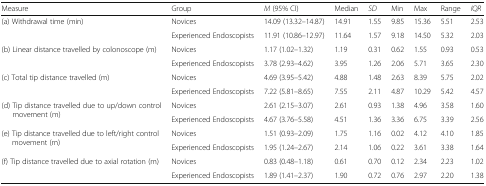
<table><thead><tr><td><b>Measure</b></td><td><b>Group</b></td><td><b><i>M</i> (95% CI)</b></td><td><b>Median</b></td><td><b><i>SD</i></b></td><td><b>Min</b></td><td><b>Max</b></td><td><b>Range</b></td><td><b><i>IQR</i></b></td></tr></thead><tbody><tr><td rowspan="2">(a) Withdrawal time (min)</td><td>Novices</td><td>14.09 (13.32–14.87)</td><td>14.91</td><td>1.55</td><td>9.85</td><td>15.36</td><td>5.51</td><td>2.53</td></tr><tr><td>Experienced Endoscopists</td><td>11.91 (10.86–12.97)</td><td>11.64</td><td>1.57</td><td>9.18</td><td>14.50</td><td>5.32</td><td>2.03</td></tr><tr><td rowspan="2">(b) Linear distance travelled by colonoscope (m)</td><td>Novices</td><td>1.17 (1.02–1.32)</td><td>1.19</td><td>0.31</td><td>0.62</td><td>1.55</td><td>0.93</td><td>0.53</td></tr><tr><td>Experienced Endoscopists</td><td>3.78 (2.93–4.62)</td><td>3.95</td><td>1.26</td><td>2.06</td><td>5.71</td><td>3.65</td><td>2.30</td></tr><tr><td rowspan="2">(c) Total tip distance travelled (m)</td><td>Novices</td><td>4.69 (3.95–5.42)</td><td>4.88</td><td>1.48</td><td>2.63</td><td>8.39</td><td>5.75</td><td>2.02</td></tr><tr><td>Experienced Endoscopists</td><td>7.22 (5.81–8.65)</td><td>7.55</td><td>2.11</td><td>4.87</td><td>10.29</td><td>5.42</td><td>4.57</td></tr><tr><td rowspan="2">(d) Tip distance travelled due to up/down control movement (m)</td><td>Novices</td><td>2.61 (2.15–3.07)</td><td>2.61</td><td>0.93</td><td>1.38</td><td>4.96</td><td>3.58</td><td>1.60</td></tr><tr><td>Experienced Endoscopists</td><td>4.67 (3.76–5.58)</td><td>4.51</td><td>1.36</td><td>3.36</td><td>6.75</td><td>3.39</td><td>2.56</td></tr><tr><td rowspan="2">(e) Tip distance travelled due to left/right control movement (m)</td><td>Novices</td><td>1.51 (0.93–2.09)</td><td>1.75</td><td>1.16</td><td>0.02</td><td>4.12</td><td>4.10</td><td>1.85</td></tr><tr><td>Experienced Endoscopists</td><td>1.95 (1.24–2.67)</td><td>2.14</td><td>1.06</td><td>0.22</td><td>3.61</td><td>3.38</td><td>1.64</td></tr><tr><td rowspan="2">(f) Tip distance travelled due to axial rotation (m)</td><td>Novices</td><td>0.83 (0.48–1.18)</td><td>0.61</td><td>0.70</td><td>0.12</td><td>2.34</td><td>2.23</td><td>1.02</td></tr><tr><td>Experienced Endoscopists</td><td>1.89 (1.41–2.37)</td><td>1.90</td><td>0.72</td><td>0.76</td><td>2.97</td><td>2.20</td><td>1.38</td></tr></tbody></table>